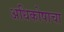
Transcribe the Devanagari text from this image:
अधिकोषाचा